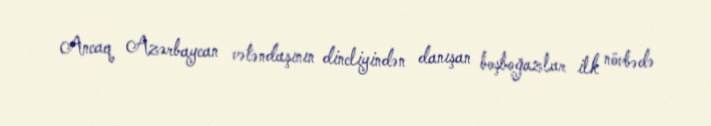
Ancaq Azərbaycan vətəndaşının dincliyindən danışan boşboğazlar ilk növbədə